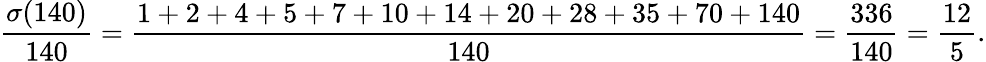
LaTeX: {\frac{\sigma(140)}{140}}={\frac{1+2+4+5+7+10+14+20+28+35+70+140}{140}}={\frac{336}{140}}={\frac{12}{5}}.